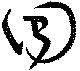
囘